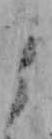
よ